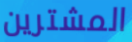
المشترين